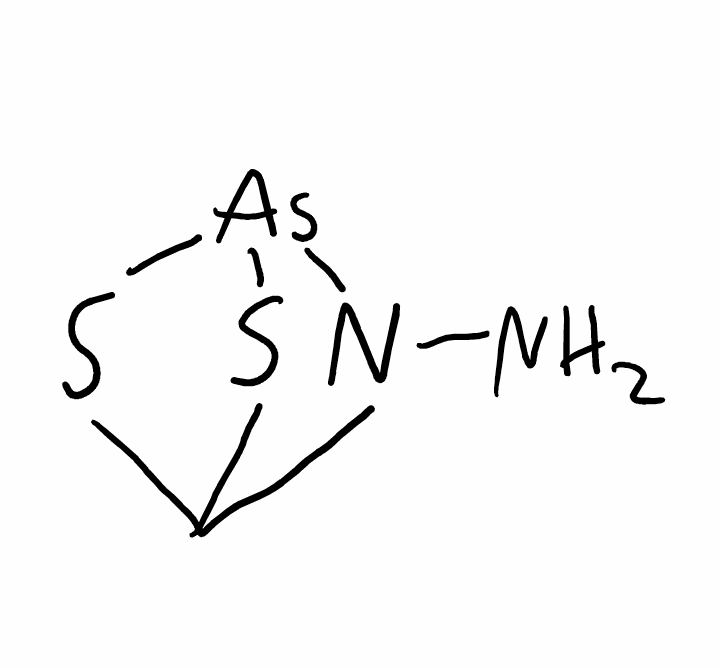
Simplified molecular-input line-entry system (SMILES) notation of the given molecule:
C12N([As](S1)S2)N